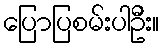
ပြောပြစမ်းပါဦး။